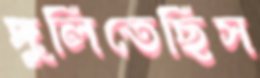
দুলিতেছিস